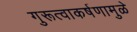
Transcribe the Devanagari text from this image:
गुरूत्वाकर्षणामुळे